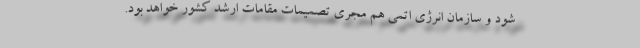
شود و سازمان انرژی اتمی هم مجری تصمیمات مقامات ارشد کشور خواهد بود.